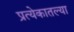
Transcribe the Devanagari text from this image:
प्रत्येकातल्या